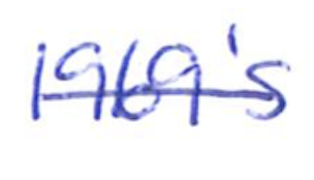
Text: 1969's
Cross-out: single-line
Writing tool: ballpoint